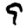
Digit: 9